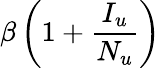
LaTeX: \beta\left(1+\frac{I_{u}}{N_{u}}\right)